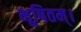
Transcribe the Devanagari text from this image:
भूषितम्।